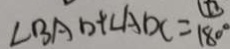
\angle B A D + \angle A D C = 1 8 0 ^ { \circ }